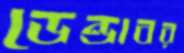
ডেন্ডাবর